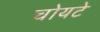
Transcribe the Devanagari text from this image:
चोयटे